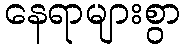
နေရာများစွာ